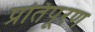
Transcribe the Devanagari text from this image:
प्रतिपूरण